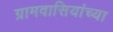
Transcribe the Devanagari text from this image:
ग्रामवासियांच्या